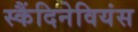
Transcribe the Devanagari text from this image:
स्कैंदिनेवियंस